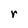
Character: r